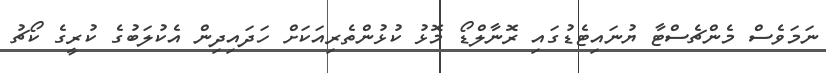
ނަމަވެސް މެންޗެސްޓާ ޔުނައިޓެޑުގައި ރޮނާލްޑޯ މޮޅު ކުޅުންތެރިއަކަށް ހަދައިދިން އެކުލަބުގެ ކުރީގެ ކޯޗު